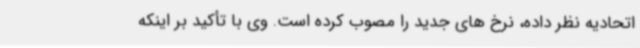
اتحادیه نظر داده، نرخ های جدید را مصوب کرده است. وی با تأکید بر اینکه